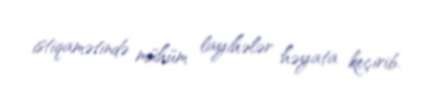
istiqamətində mühüm layihələr həyata keçirib.